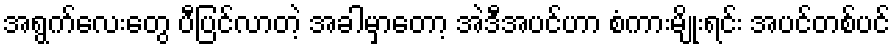
အရွက်လေးတွေ ပီပြင်လာတဲ့ အခါမှာတော့ အဲဒီအပင်ဟာ စံကားမျိုးရင်း အပင်တစ်ပင်